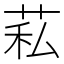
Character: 𦮺